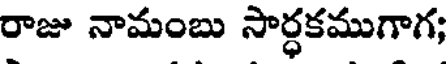
రాజు నామంబు సార్ధకముగాగ;